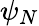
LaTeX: \psi_{N}